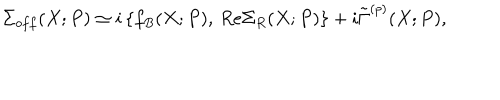
\Sigma _ { o f f } ( X ; P ) \simeq i \left\{ f _ { B } ( X ; P ) , \, R e \Sigma _ { R } ( X ; P ) \right\} + i \tilde { \Gamma } ^ { ( p ) } ( X ; P ) ,